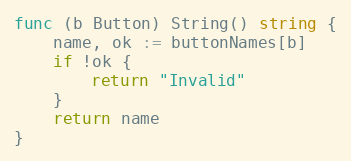
Language: Go
func (b Button) String() string {
	name, ok := buttonNames[b]
	if !ok {
		return "Invalid"
	}
	return name
}